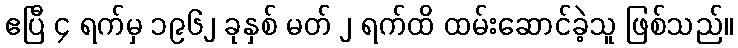
ဧပြီ ၄ ရက်မှ ၁၉၆၂ ခုနှစ် မတ် ၂ ရက်ထိ ထမ်းဆောင်ခဲ့သူ ဖြစ်သည်။